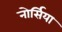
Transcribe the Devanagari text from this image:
नोर्सिया